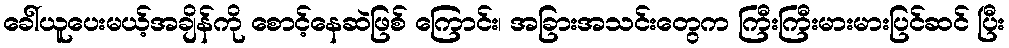
ခေါ်ယူပေးမယ့်အချိန်ကို စောင့်နေဆဲဖြစ် ကြောင်း၊ အခြားအသင်းတွေက ကြီးကြီးမားမားပြင်ဆင် ပြီး